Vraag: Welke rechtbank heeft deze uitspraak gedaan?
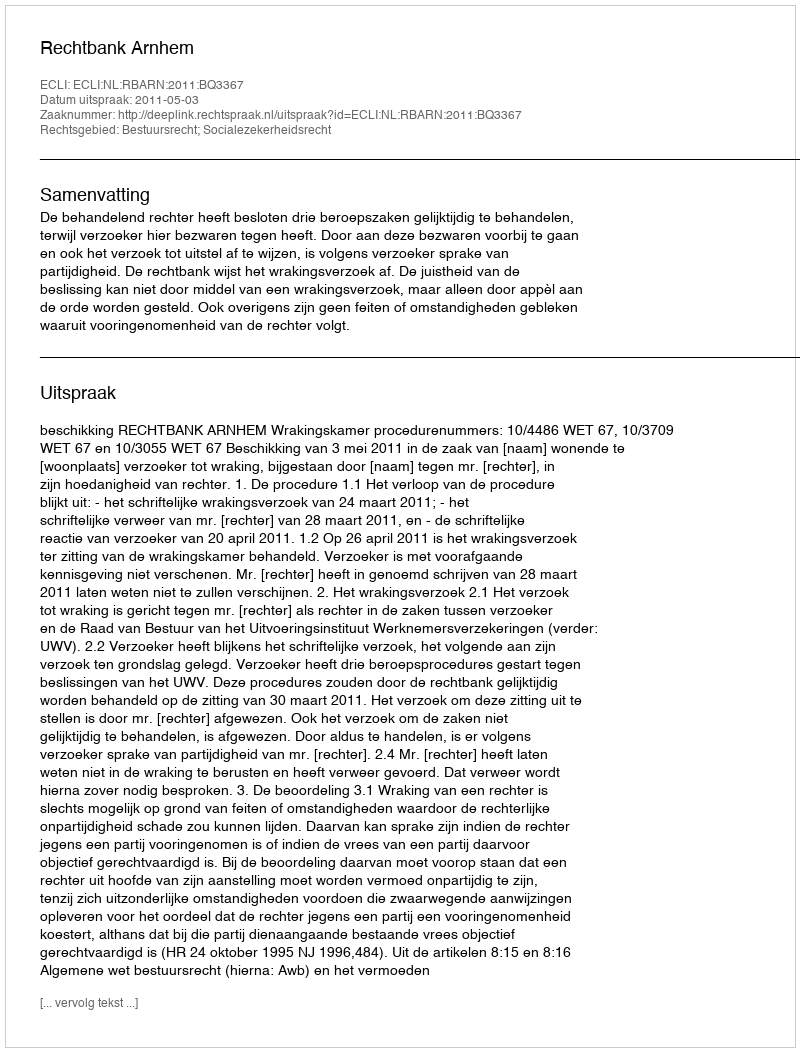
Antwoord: Rechtbank Arnhem